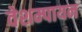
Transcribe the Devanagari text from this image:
वेशम्पायन